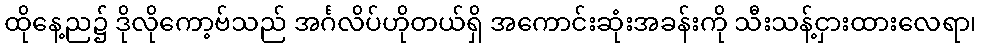
ထိုနေ့ည၌ ဒိုလိုကော့ဗ်သည် အင်္ဂလိပ်ဟိုတယ်ရှိ အကောင်းဆုံးအခန်းကို သီးသန့်ငှားထားလေရာ၊